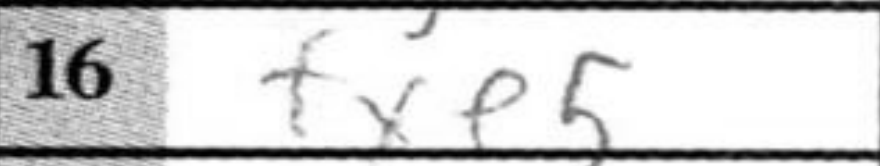
Transcription: fxe5